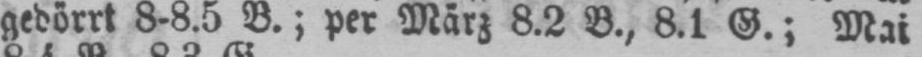
gedörrt 8-8.5 B.; per März 8.2 B., 8.1 G.; Mai